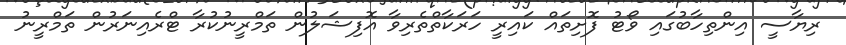
ރިޔާސީ އިންތިހާބުގައި ވޯޓު ފޮށިތައް ކައިރީ ހަރަކާތްތެރިވާ އޮފިޝަލުން ތަމްރީނުކުރާ ޓްރެއިނަރުން ތަމްރީނު